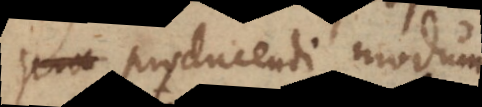
producendi modum.